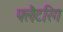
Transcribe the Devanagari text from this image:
फ्लैटरिंग